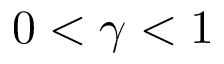
0 < \gamma < 1